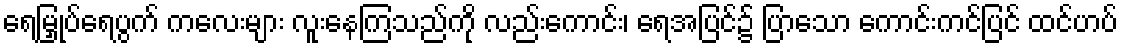
ရေမြှုပ်ရေပွက် ကလေးများ လူးနေကြသည်ကို လည်းကောင်း၊ ရေအပြင်၌ ပြာသော ကောင်းကင်ပြင် ထင်ဟပ်